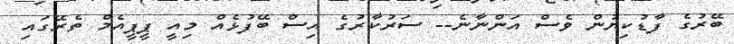
ބޭރުގެ ފާޑުކިޔުން ވެސް އަންނާނެ-- ސަރުކާރުގެ އިސް ބޭފުޅެއް މިއީ ޕީޕީއެމް ތެރޭގައި